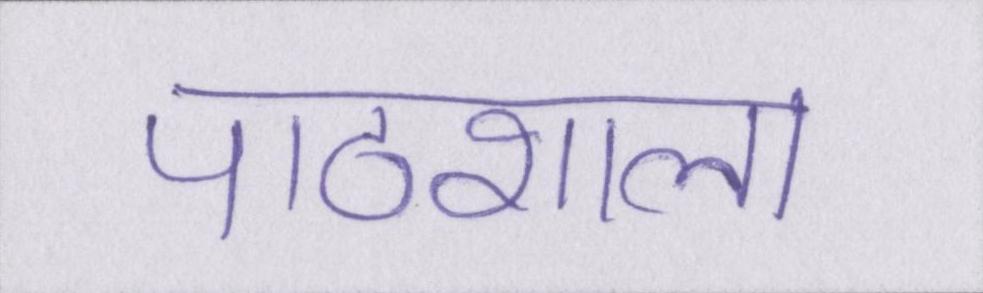
पाठशाला